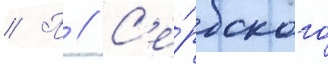
// П // С'е́рбского